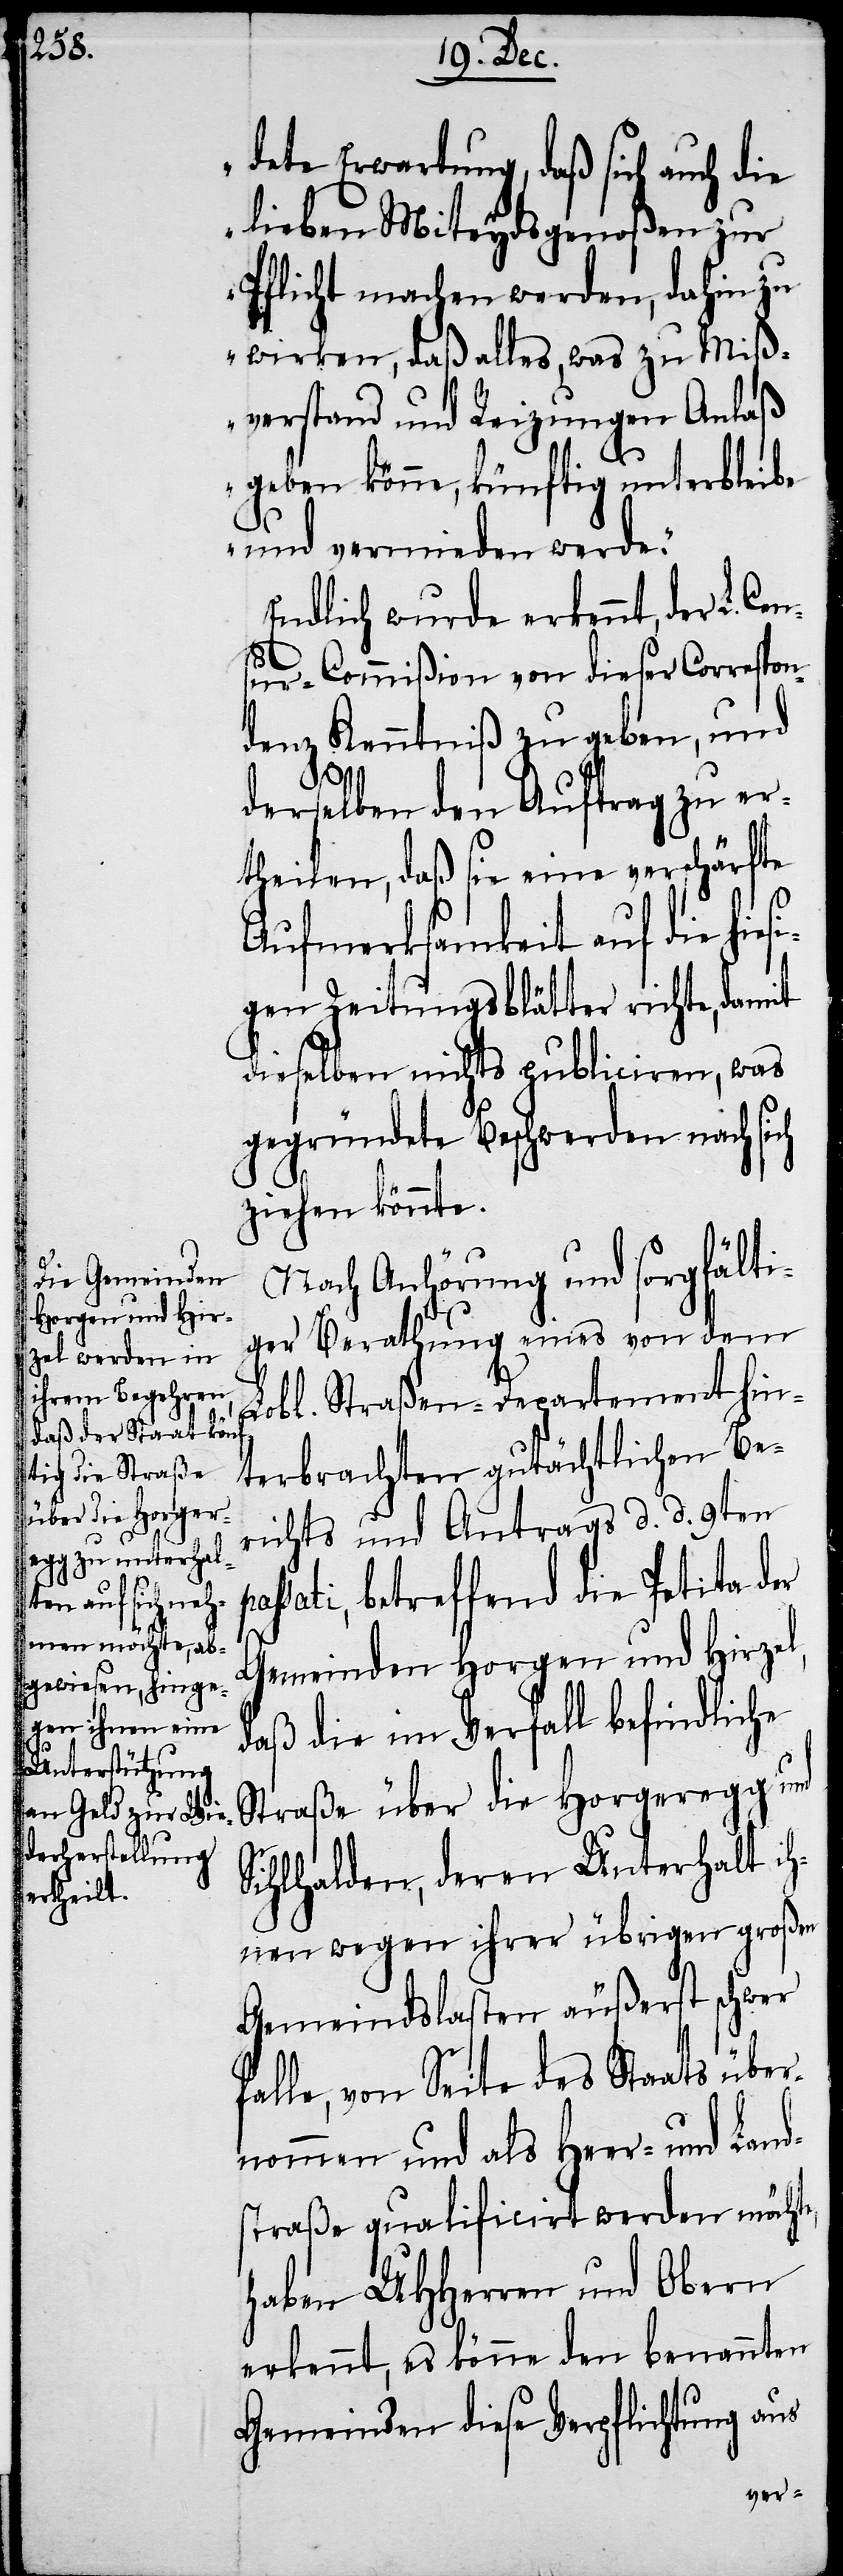
dete Erwartung, daß sich auch die
lieben Miteydsgenoßen zur
Pflicht machen werden, dahin zu
wirken, daß alles, was zu Miß¬
verstand und Reizungen Anlaß
geben könne, künftig unterbleibe
und vermieden werde.“
Endlich wurde erkennt, der L. Ce¬
nsur-Commißion von dieser Correspon¬
denz Kenntniß zu geben, und
derselben den Auftrag zu er¬
theilen, daß sie eine verschärfte
pas¬
Aufmerksamkeit auf die hiesi¬
gen Zeitungsblätter richte, damit
dieselben nichts publiciren, was
gegründete Beschwerden nach sich
ziehen könnte.
Nach Anhörung und sorgfälti¬
ger Berathung eines von dem
Lobl. Straßen-Departement hin¬
terbrachten gutächtlichen Be¬
richts und Antrags d. d. 9ten
sati, betreffend die Petita der
Gemeinden Horgen und Hirzel,
daß die im Verfall befindliche
Straße über die Horgeregg und
Sihlhalden, deren Unterhalt ih¬
nen wegen ihrer übrigen großen
Gemeindslasten äußerst schwer
falle, von Seite des Staats über¬
nommen und als Heer- und Land¬
straße qualificirt werden möchte,
haben UHHerren und Obern
erkennt, es könne den benannten
Gemeinden diese Verpflichtung aus